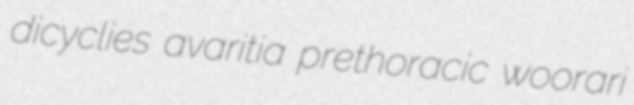
dicyclies avaritia prethoracic woorari